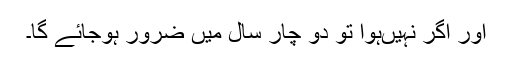
اور اگر نہیںہوا تو دو چار سال میں ضرور ہوجائے گا۔